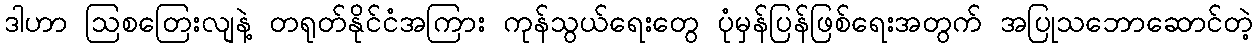
ဒါဟာ ဩစတြေးလျနဲ့ တရုတ်နိုင်ငံအကြား ကုန်သွယ်ရေးတွေ ပုံမှန်ပြန်ဖြစ်ရေးအတွက် အပြုသဘောဆောင်တဲ့